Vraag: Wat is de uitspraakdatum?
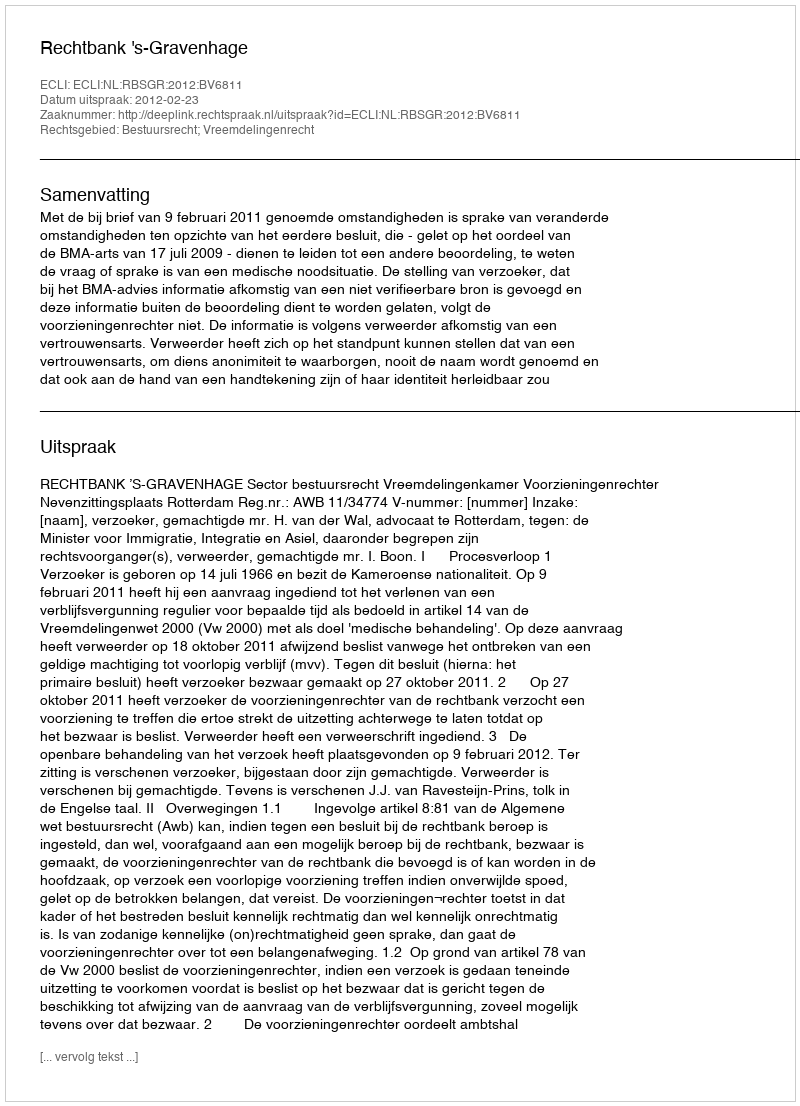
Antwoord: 2012-02-23